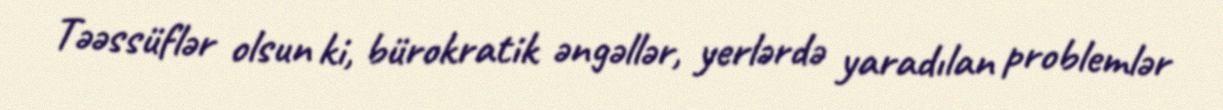
Təəssüflər olsun ki, bürokratik əngəllər, yerlərdə yaradılan problemlər